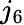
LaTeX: j_{6}